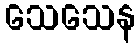
သေသေန